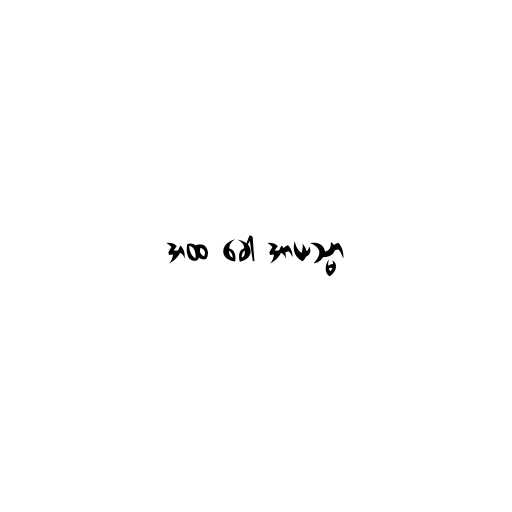
အထ ခေါ အာယသ္မာ